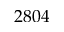
2 8 0 4